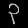
Digit: ၃